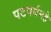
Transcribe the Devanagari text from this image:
पटवर्धनहे